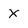
Character: X